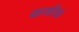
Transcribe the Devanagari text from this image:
साथरियां